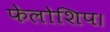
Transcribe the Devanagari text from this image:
फेलोशिप।